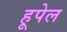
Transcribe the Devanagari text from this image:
हूपेल